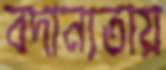
বদান্যতায়